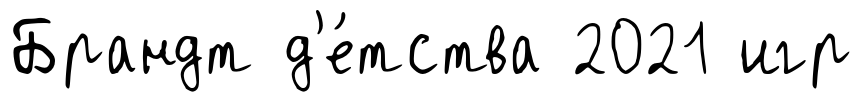
Брандт д'е́тства 2021 игр